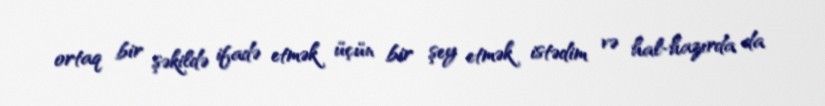
ortaq bir şəkildə ifadə etmək üçün bir şey etmək istədim və hal-hazırda da